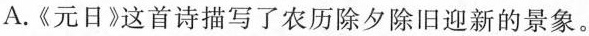
A.《元日》这首诗描写了农历除夕除旧迎新的景象。